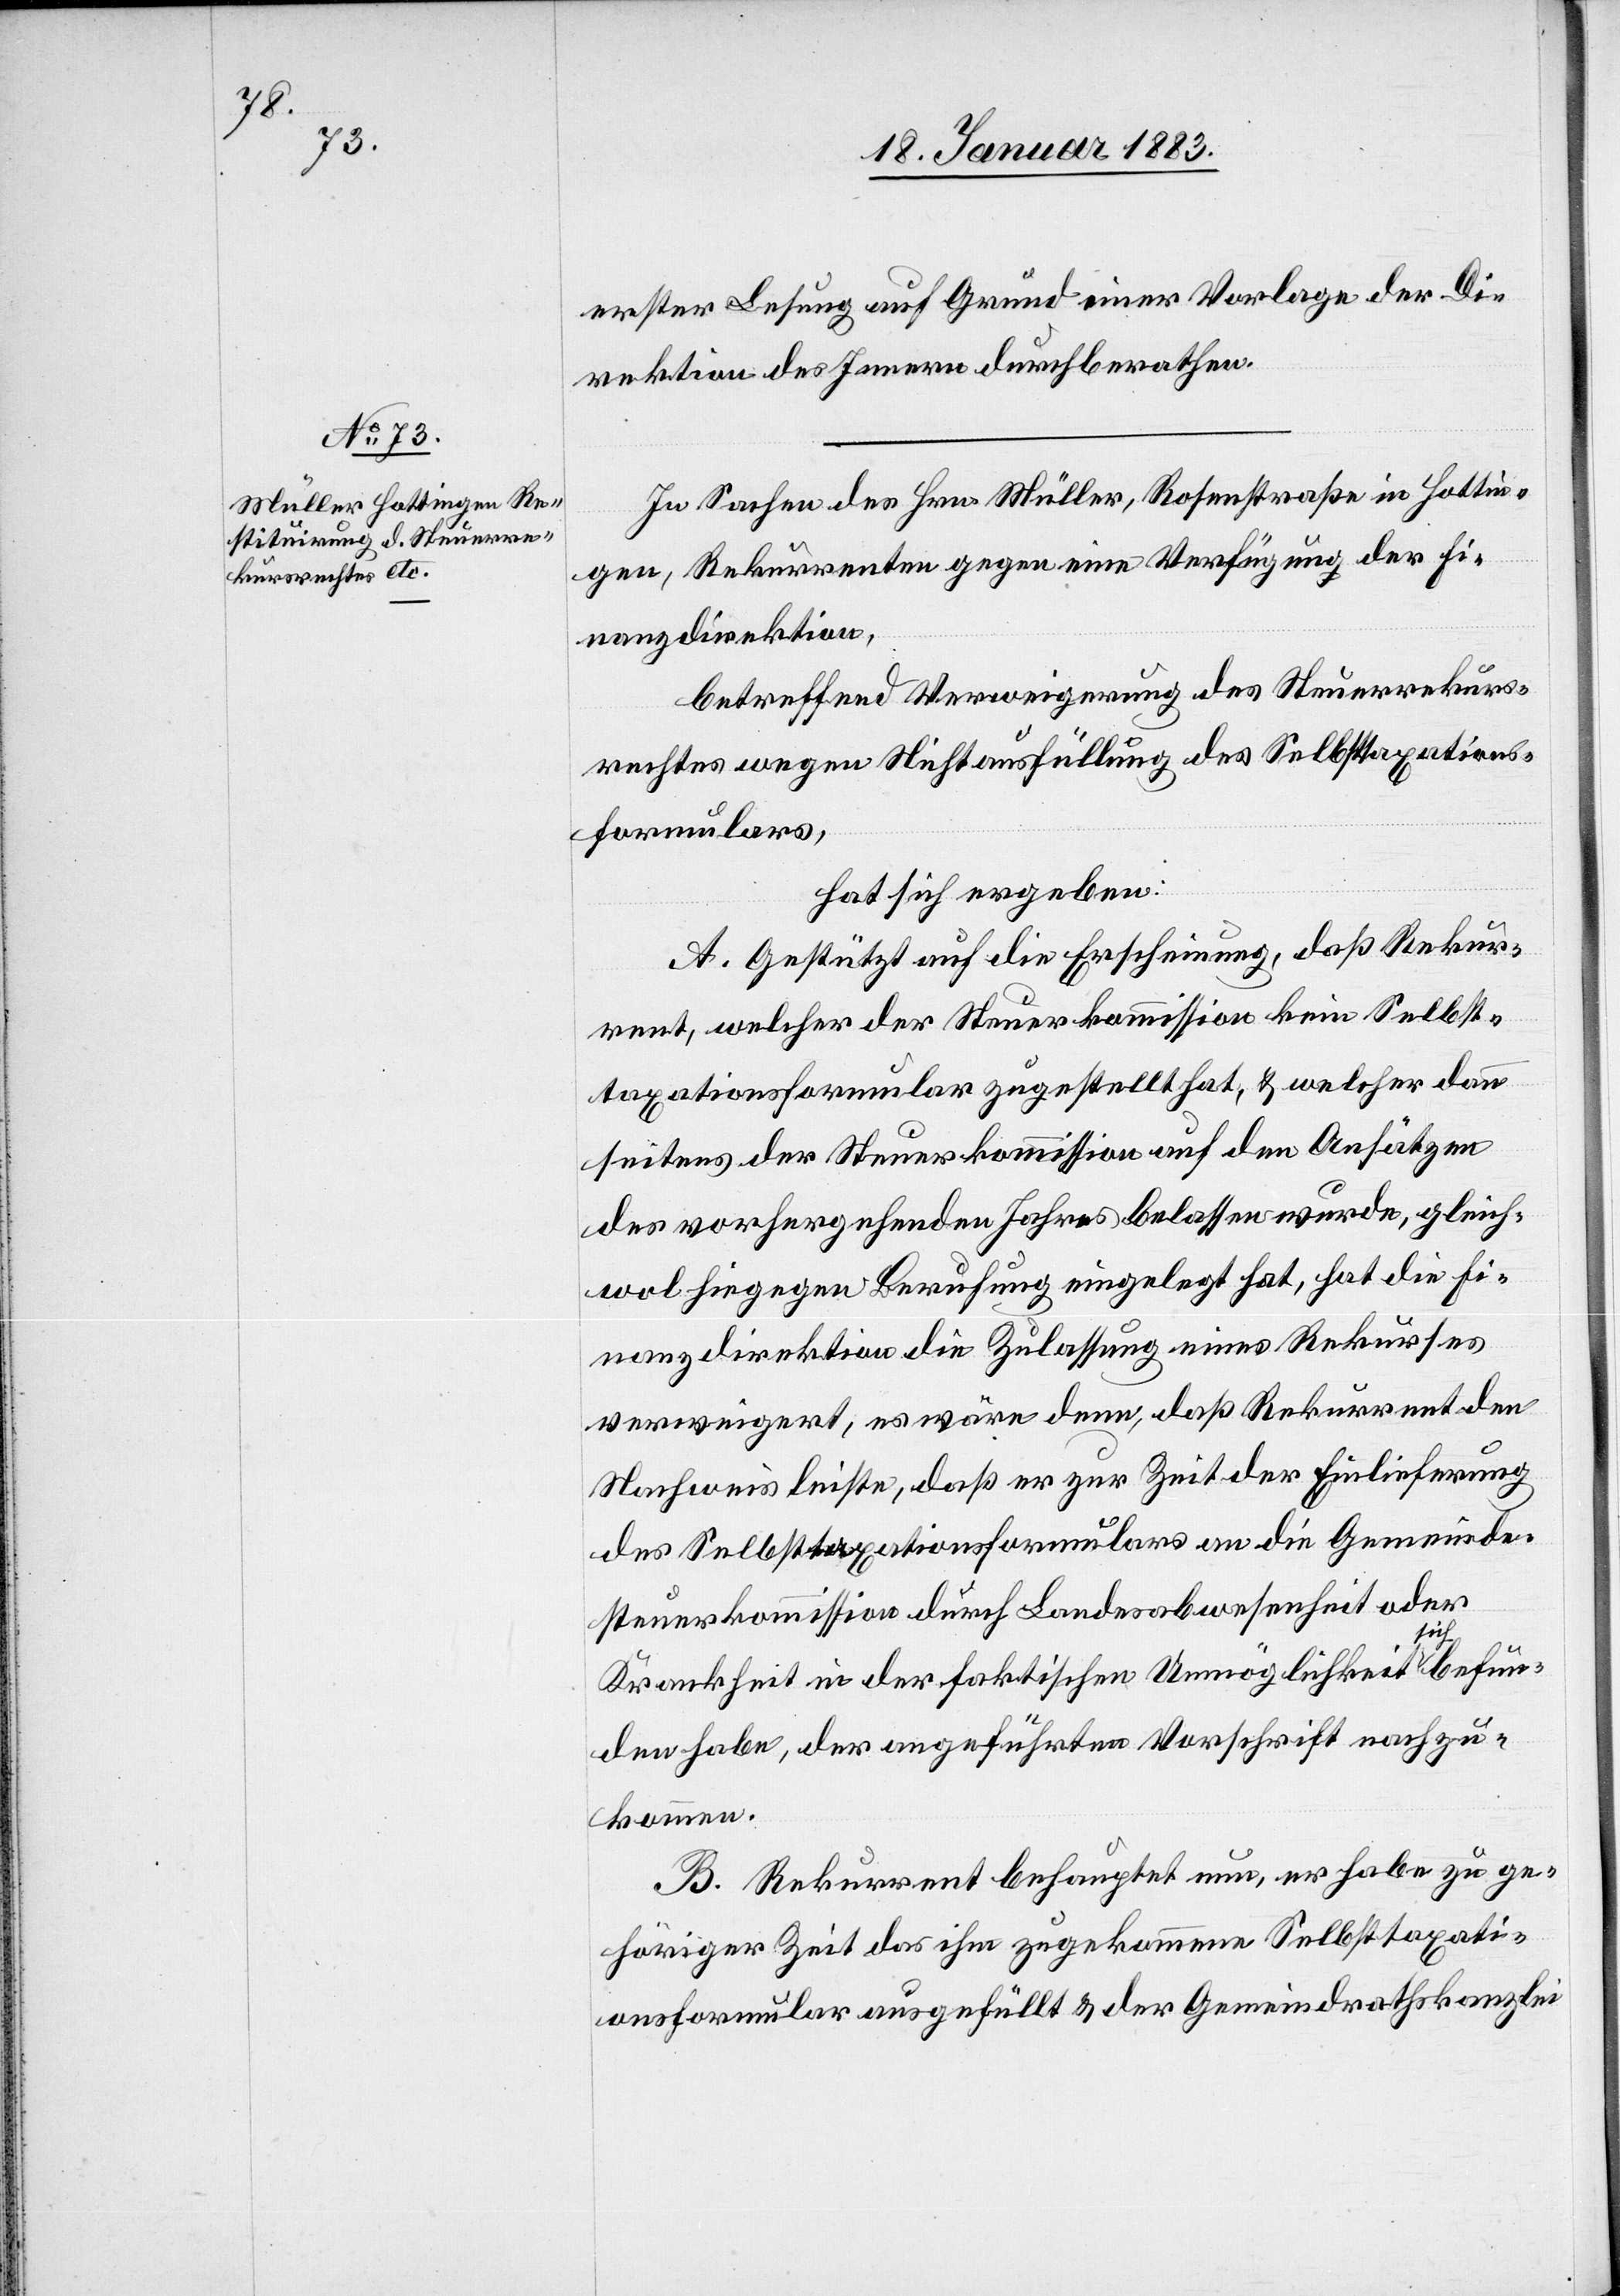
erster Lesung auf Grund einer Vorlage der Di¬
rektion des Innern durchberathen.
In Sachen des Hrn. Müller, Rosenstraße in Hottin¬
gen, Rekurrenten gegen eine Verfügung der Fi¬
nanzdirektion,
betreffend Verweigerung des Steuerrekurs¬
rechtes wegen Nichtausfüllung des Selbsttaxations¬
formulars,
hat sich ergeben:
A. Gestützt auf die Erscheinung, daß Rekur¬
rent, welcher der Steuerkommission kein Selbst¬
taxationsformular zugestellt hat, & welcher dann
seitens der Steuerkommission auf den Ansätzen
des vorhergehenden Jahres belassen wurde, gleich¬
wol hiegegen Berufung eingelegt hat, hat die Fi¬
nanzdirektion die Zulassung eines Rekurses
verweigert, es wäre denn, daß Rekurrent den
Nachweis leiste, daß er zur Zeit der Einlieferung
des Selbsttaxationsformulars an die Gemeinde¬
steuerkommission durch Landesabwesenheit oder
Krankheit in der faktischen Unmöglichkeit sich befun¬
den habe, der angeführten Vorschrift nachzu¬
kommen.
B. Rekurrent behauptet nun, er habe zu ge¬
höriger Zeit das ihm zugekommene Selbsttaxati¬
onsformular ausgefüllt & der Gemeindrathskanzlei